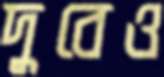
দুবেও